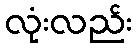
လုံးလည်း